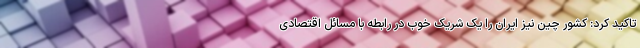
تاکید کرد: کشور چین نیز ایران را یک شریک خوب در رابطه با مسائل اقتصادی